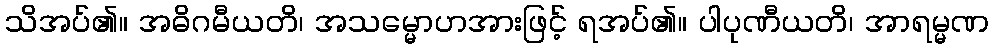
သိအပ်၏။ အဓိဂမီယတိ၊ အသမ္မောဟအားဖြင့် ရအပ်၏။ ပါပုဏီယတိ၊ အာရမ္မဏ